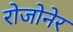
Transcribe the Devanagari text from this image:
रोजोनेर